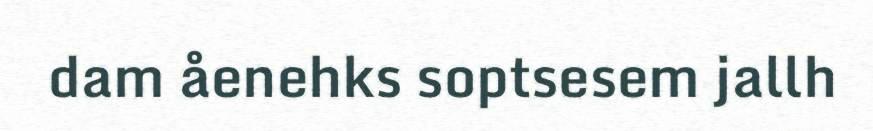
dam åenehks soptsesem jallh